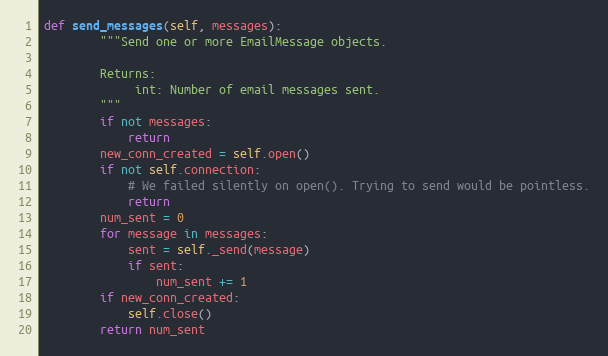
Language: Python
def send_messages(self, messages):
        """Send one or more EmailMessage objects.

        Returns:
             int: Number of email messages sent.
        """
        if not messages:
            return
        new_conn_created = self.open()
        if not self.connection:
            # We failed silently on open(). Trying to send would be pointless.
            return
        num_sent = 0
        for message in messages:
            sent = self._send(message)
            if sent:
                num_sent += 1
        if new_conn_created:
            self.close()
        return num_sent